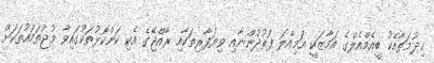
ޚިދުމަތާއެކު ބީއެމްއެލްގެ އަމާޒަކީ އަމިއްލަ ފަރުދުންނާއި ވިޔަފާރިތަކާއި ރާއްޖޭގެ އެކި ކަންކޮޅުތަކުގައިވާ މުޖުތަމައުތަކަށް